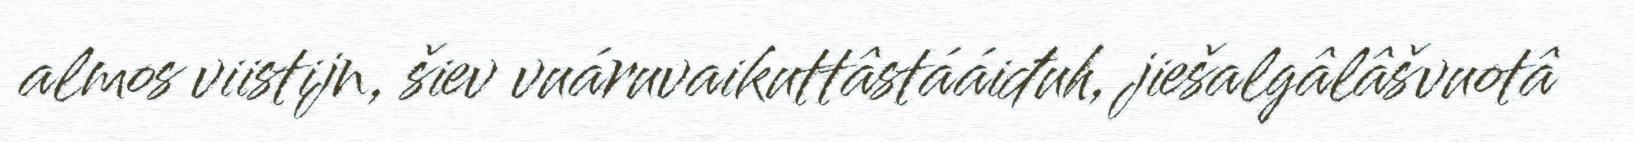
almos viistijn, šiev vuáruvaikuttâstááiđuh, jiešalgâlâšvuotâ